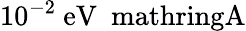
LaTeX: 10^{-2}\ \mathrm{eV\ \ mathring{A}}